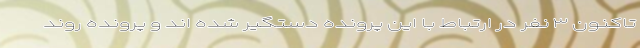
تاکنون ۳ نفر در ارتباط با این پرونده دستگیر شده اند و پرونده روند